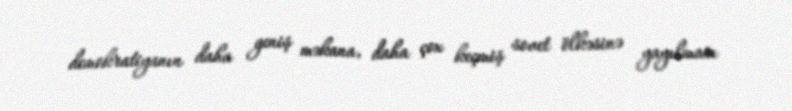
demokratiyanın daha geniş məkana, daha çox keçmiş sovet ölkəsinə yayılması